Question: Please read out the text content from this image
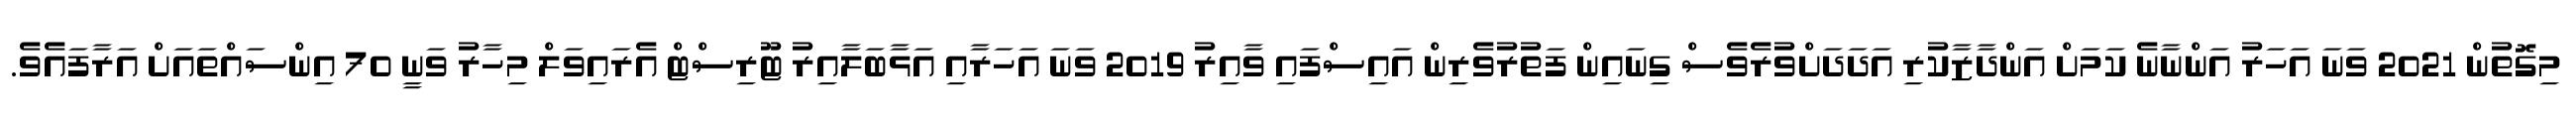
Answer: މިގޮތުން 2021 ވަނަ އަހަރު އަންނާނެ ކަމަށް އަންދާޒާކުރި އަދަދަށްވުރެވެސް ގިނައިން ފަތުރުވެރިން އައިސްފައި ވާއިރު 2019 ވަނަ އަހަރާއި އަޅާބަލާއިރު ޓޫރިސްޓް އެރައިވަލް މިހާރު ވަނީ 70 އިންސައްތައަށް އަރާފައެވެ.